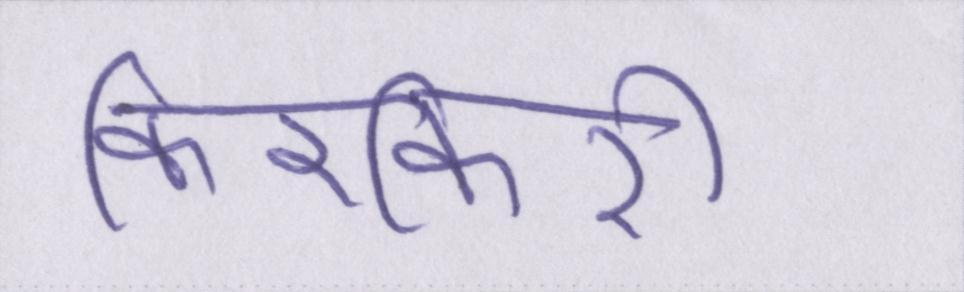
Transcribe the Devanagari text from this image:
किरकिरी